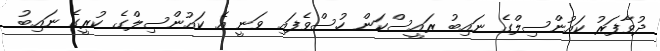
ދުވާފަރު ކައުންސިލްގެ ނައިބު ރައީސްކަން ހުސްވެފައި ވަނީ އެ ކައުންސިލްގެ ކުރީގެ ނައިބު